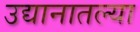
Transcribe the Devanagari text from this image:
उद्यानातल्या